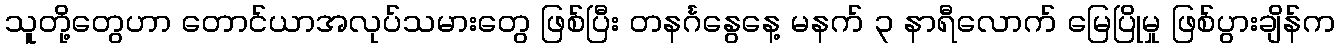
သူတို့တွေဟာ တောင်ယာအလုပ်သမားတွေ ဖြစ်ပြီး တနင်္ဂနွေနေ့ မနက် ၃ နာရီလောက် မြေပြိုမှု ဖြစ်ပွားချိန်က